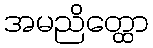
အမညိတ္ထော